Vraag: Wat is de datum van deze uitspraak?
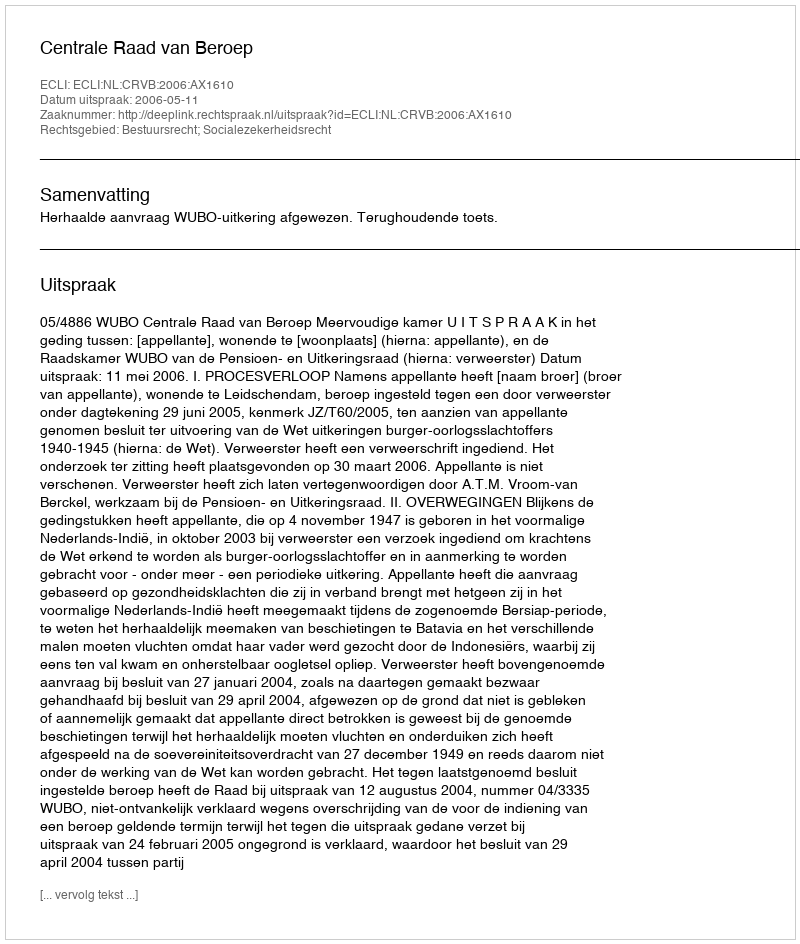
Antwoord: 2006-05-11